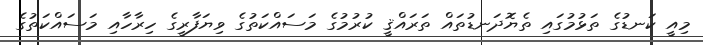
މިއީ ކަނޑުގެ ތަޅުމުގައި ތެޔޮދަނޑުތައް ތަރައްޤީ ކުރުމުގެ މަސައްކަތުގެ ވިޔަފާރީގެ ހިރާހާއި މަސައްކަތުގެ